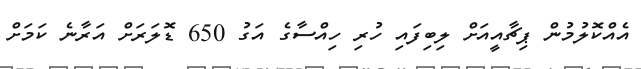
އެއްކޮލުމުން ޕިޗާއީއަށް ލިބިފައި ހުރި ހިއްސާގެ އަގު 650 ޑޮލަރަށް އަރާނެ ކަމަށް